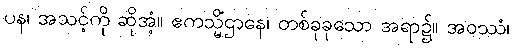
ပန၊ အသင့်ကို ဆိုအံ့။ ဧကသ္မိံဌာနေ၊ တစ်ခုခုသော အရာ၌။ အဝဿံ၊